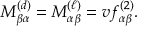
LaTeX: M _ { \beta \alpha } ^ { ( d ) } = M _ { \alpha \beta } ^ { ( \ell ) } = v f _ { \alpha \beta } ^ { ( 2 ) } .